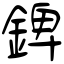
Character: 錍